Leprosy in India: report of the Leprosy Commission in India, 1890-91
Year: 1890
Disease focus: Leprosy
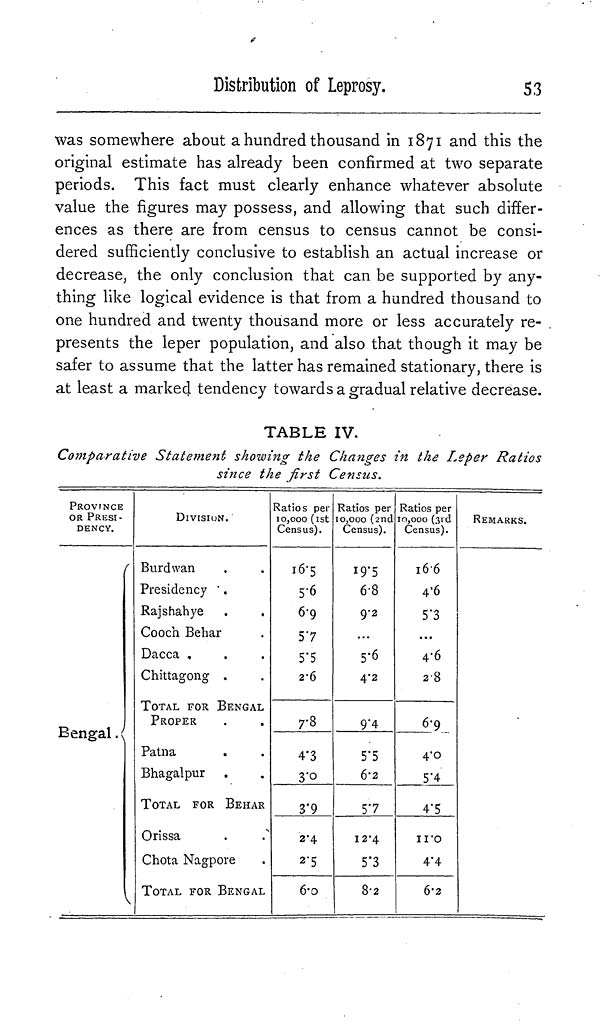
Distribution of Leprosy.
53
was somewhere about a hundred thousand in 1871 and this the
original estimate has already been confirmed at two separate
periods. This fact must clearly enhance whatever absolute
value the figures may possess, and allowing that such differ-
ences as there are from census to census cannot be consi-
dered sufficiently conclusive to establish an actual increase or
decrease, the only conclusion that can be supported by any-
thing like logical evidence is that from a hundred thousand to
one hundred and twenty thousand more or less accurately re-
presents the leper population, and also that though it may be
safer to assume that the latter has remained stationary, there is
at least a marked tendency towards a gradual relative decrease.
TABLE IV.
Comparative Statement showing the Changes in the Leper Ratios
since the first Census.
PROVINCE
OR PRESI-
DENCY.
Bengal.
\
DIVISION.
Burdwan
Presidency ".
Rajshahye
Cooch Behar
Dacca ,
Chittagong .
TOTAL FOR BENGAL
PROPER
Patna
Bhagalpur
TOTAL FOR BEHAR
Orissa
Chota Nagpore
TOTAL FOR BENGAL
Ratios per
10,000 (1st
Census).
16.5
5.6
69
57
5.5
2.6
7.8
4.3
3'°3
.9
3.4
2.5
6.0
Ratios per
10,000 (2nd
Census).
19.5
6.8
9.2
• • •
5.6
4.2
9.4
5.5
6.2
5.7
12.4
5.3
8.2
Ratios per
10,000 (3rd
Census).
16.6
4.6
5.3
• • •
4.6
28
6.9
4.0
5.4
4.5
11.0
4.4
6.2
REMARKS.